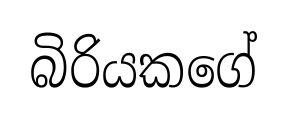
බිරියකගේ